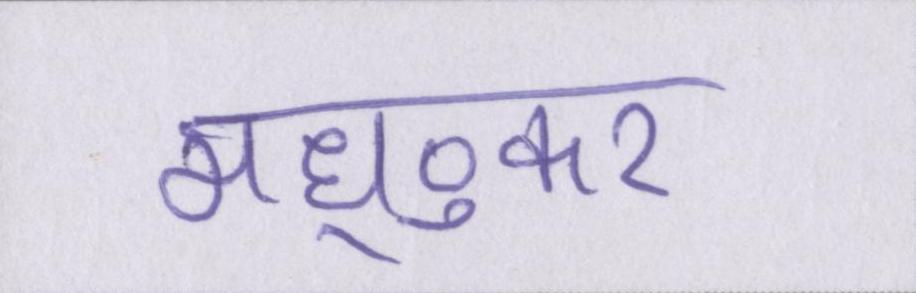
मध्ुकर